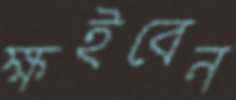
ক্ষইবেন